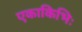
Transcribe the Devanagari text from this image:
एकाकिभिः